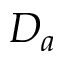
D _ { a }